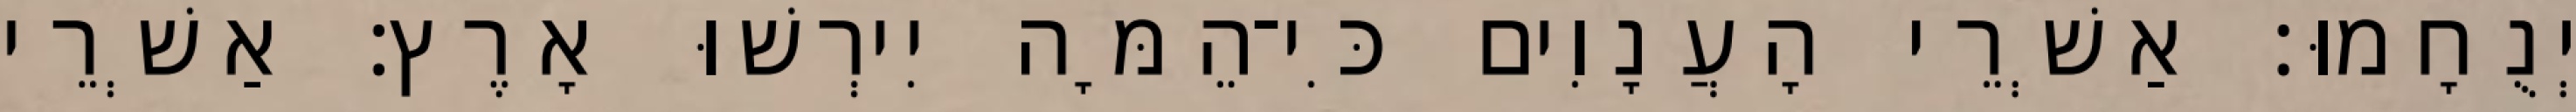
יְנֻחָמוּ׃ אַשְׁרֵי הָעֲנָוִים כִּי־הֵמָּה יִירְשׁוּ אָרֶץ׃ אַשְׁרֵי